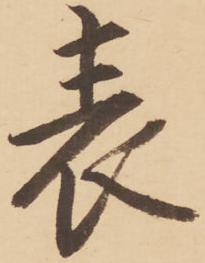
表